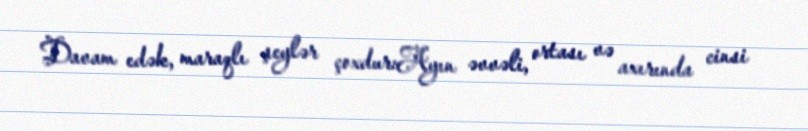
Davam edək, maraqlı şeylər çoxdur:Ayın əvvəli, ortası və axırında cinsi